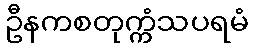
ဦနကစတုက္ကံသပရမံ